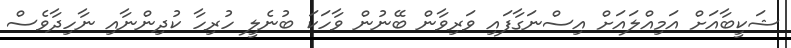
ޝަކީބާއަށް އަމިއްލައަށް އިސްނަގާފައި ވަރިވާން ބޭނުން ވާހަކަ ބުނެލީ ހުރިހާ ކުދިންނާއި ނާހިދާވެސް